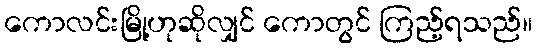
ကောလင်းမြို့ဟုဆိုလျှင် ကောတွင် ကြည့်ရသည်။